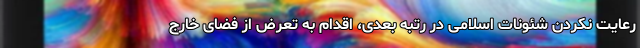
رعایت نکردن شئونات اسلامی در رتبه بعدی، اقدام به تعرض از فضای خارج